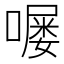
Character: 𫫵